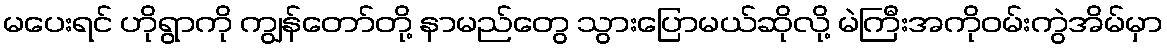
မပေးရင် ဟိုရွာကို ကျွန်တော်တို့ နာမည်တွေ သွားပြောမယ်ဆိုလို့ မဲကြီးအကိုဝမ်းကွဲအိမ်မှာ